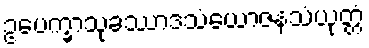
ဥပေက္ခာသုခဿာဒသံယောဇနသံယုတ္တံ